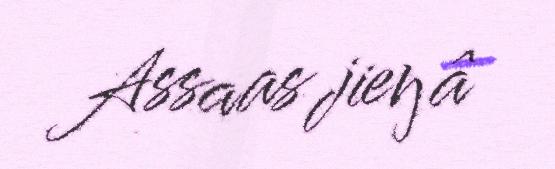
Assaas jieŋâ